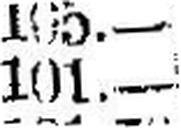
101.—